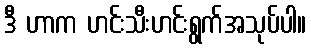
ဒီ ဟာက ဟင်းသီးဟင်းရွက်အသုပ်ပါ။